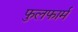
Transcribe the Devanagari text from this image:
फुलफार्म